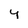
Character: y